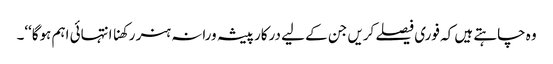
وہ چاہتے ہیں کہ فوری فیصلے کریں جن کے لیے درکار پیشہ ورانہ ہنر رکھنا انتہائی اہم ہوگا‘‘۔